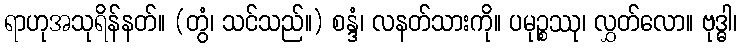
ရာဟုအသုရိန်နတ်။ (တွံ၊ သင်သည်။) စန္ဒံ၊ လနတ်သားကို။ ပမုဉ္စဿု၊ လွှတ်လော။ ဗုဒ္ဓါ၊